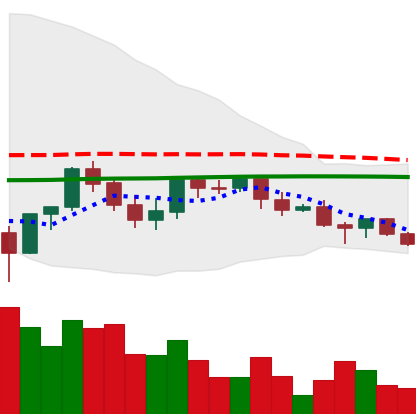
Ticker: LINK-USD
Chart end date: 2021-06-11
Forward return: 7.152%
Label: up_7plus